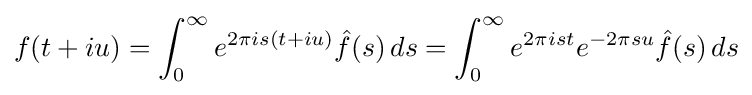
f(t+iu)=\int _{0}^{\infty }e^{2\pi is(t+iu)}{\hat {f}}(s)\,ds=\int _{0}^{\infty }e^{2\pi ist}e^{-2\pi su}{\hat {f}}(s)\,ds